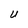
Character: U